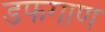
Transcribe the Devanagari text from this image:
डफगाण